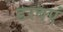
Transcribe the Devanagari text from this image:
डरबएं